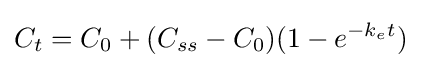
C_{t}=C_{0}+(C_{ss}-C_{0})(1-e^{-k_{e}t})